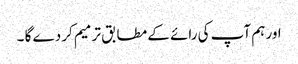
اور ہم آپ کی رائے کے مطابق ترمیم کر دے گا ۔